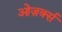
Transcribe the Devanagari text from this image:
ओज़र्क्स